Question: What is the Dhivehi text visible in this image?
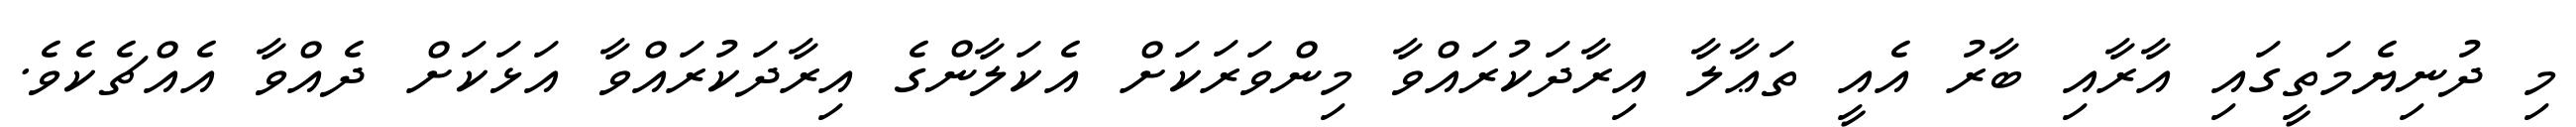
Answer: މި ދުނިޔެމަތީގައި އާރާއި ބާރު އެއީ ތަޢާލާ އިރާދަކުރައްވާ މިންވަރަކަށް އެކަލާންގެ އިރާދަކުރައްވާ އަޅަކަށް ދެއްވާ އެއްޗެކެވެ.